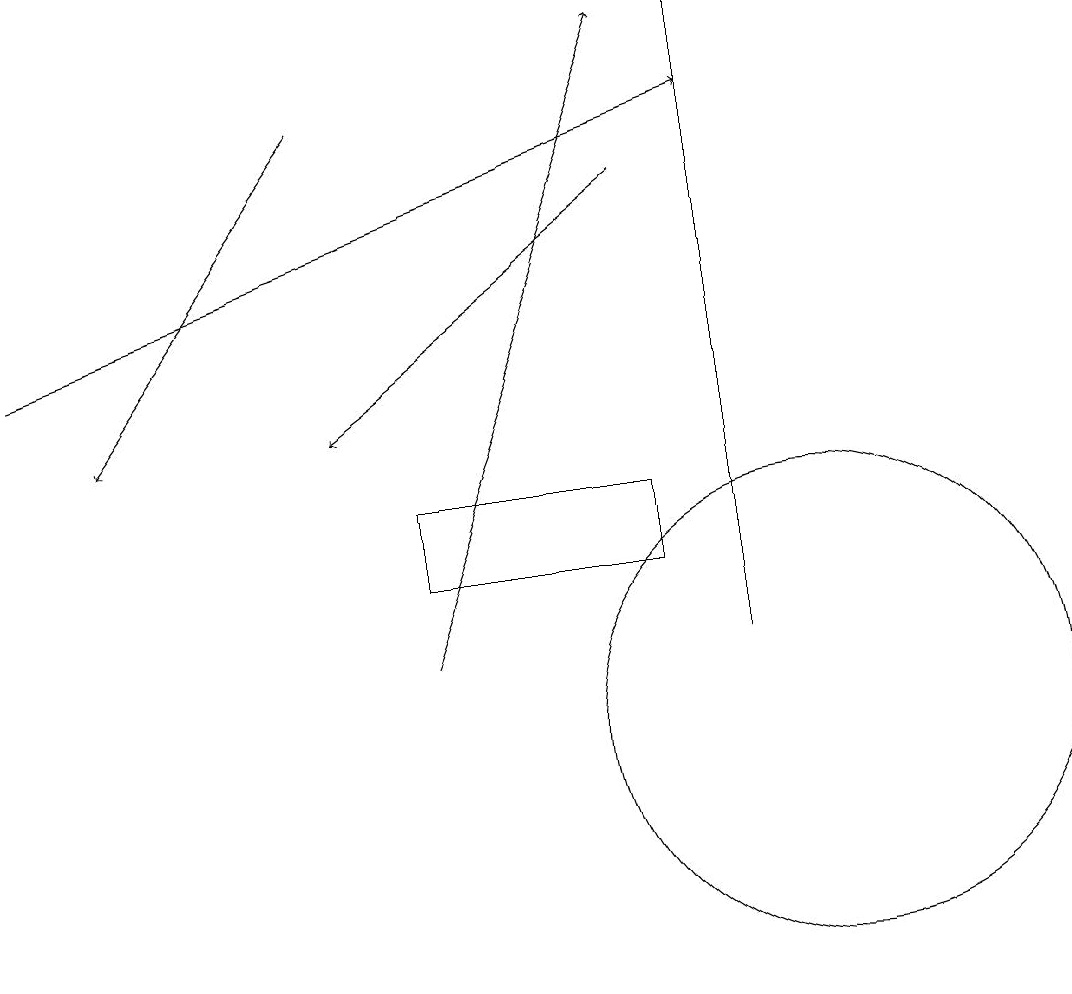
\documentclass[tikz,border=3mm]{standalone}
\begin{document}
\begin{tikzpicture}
\draw (8,12) rectangle (5,13);
\draw[->] (5,11) -- (8,19);
\draw[->] (4,18) -- (1,14);
\draw[->] (8,17) -- (4,14);
\draw (9,11) rectangle (9,19);
\draw (10,10) circle (3);
\draw[->] (0,15) -- (9,18);
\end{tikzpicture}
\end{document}